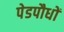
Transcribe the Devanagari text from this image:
पेडपौधों